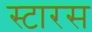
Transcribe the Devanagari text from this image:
स्टारस